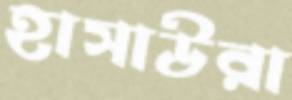
হাসাউরা